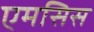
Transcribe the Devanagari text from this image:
एमसिस